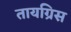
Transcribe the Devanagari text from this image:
तायग्रिस